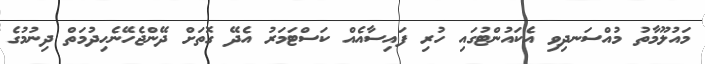
މައުލޫމާތު މުއްސަނދިވި އެކައުންޓުގައި ހުރި ފައިސާއެއް ކަސްޓަމަރު އެދޭ ގޮތަށް ދޭންޖެހޭނެހިދުމަތް ދިނުމުގެ